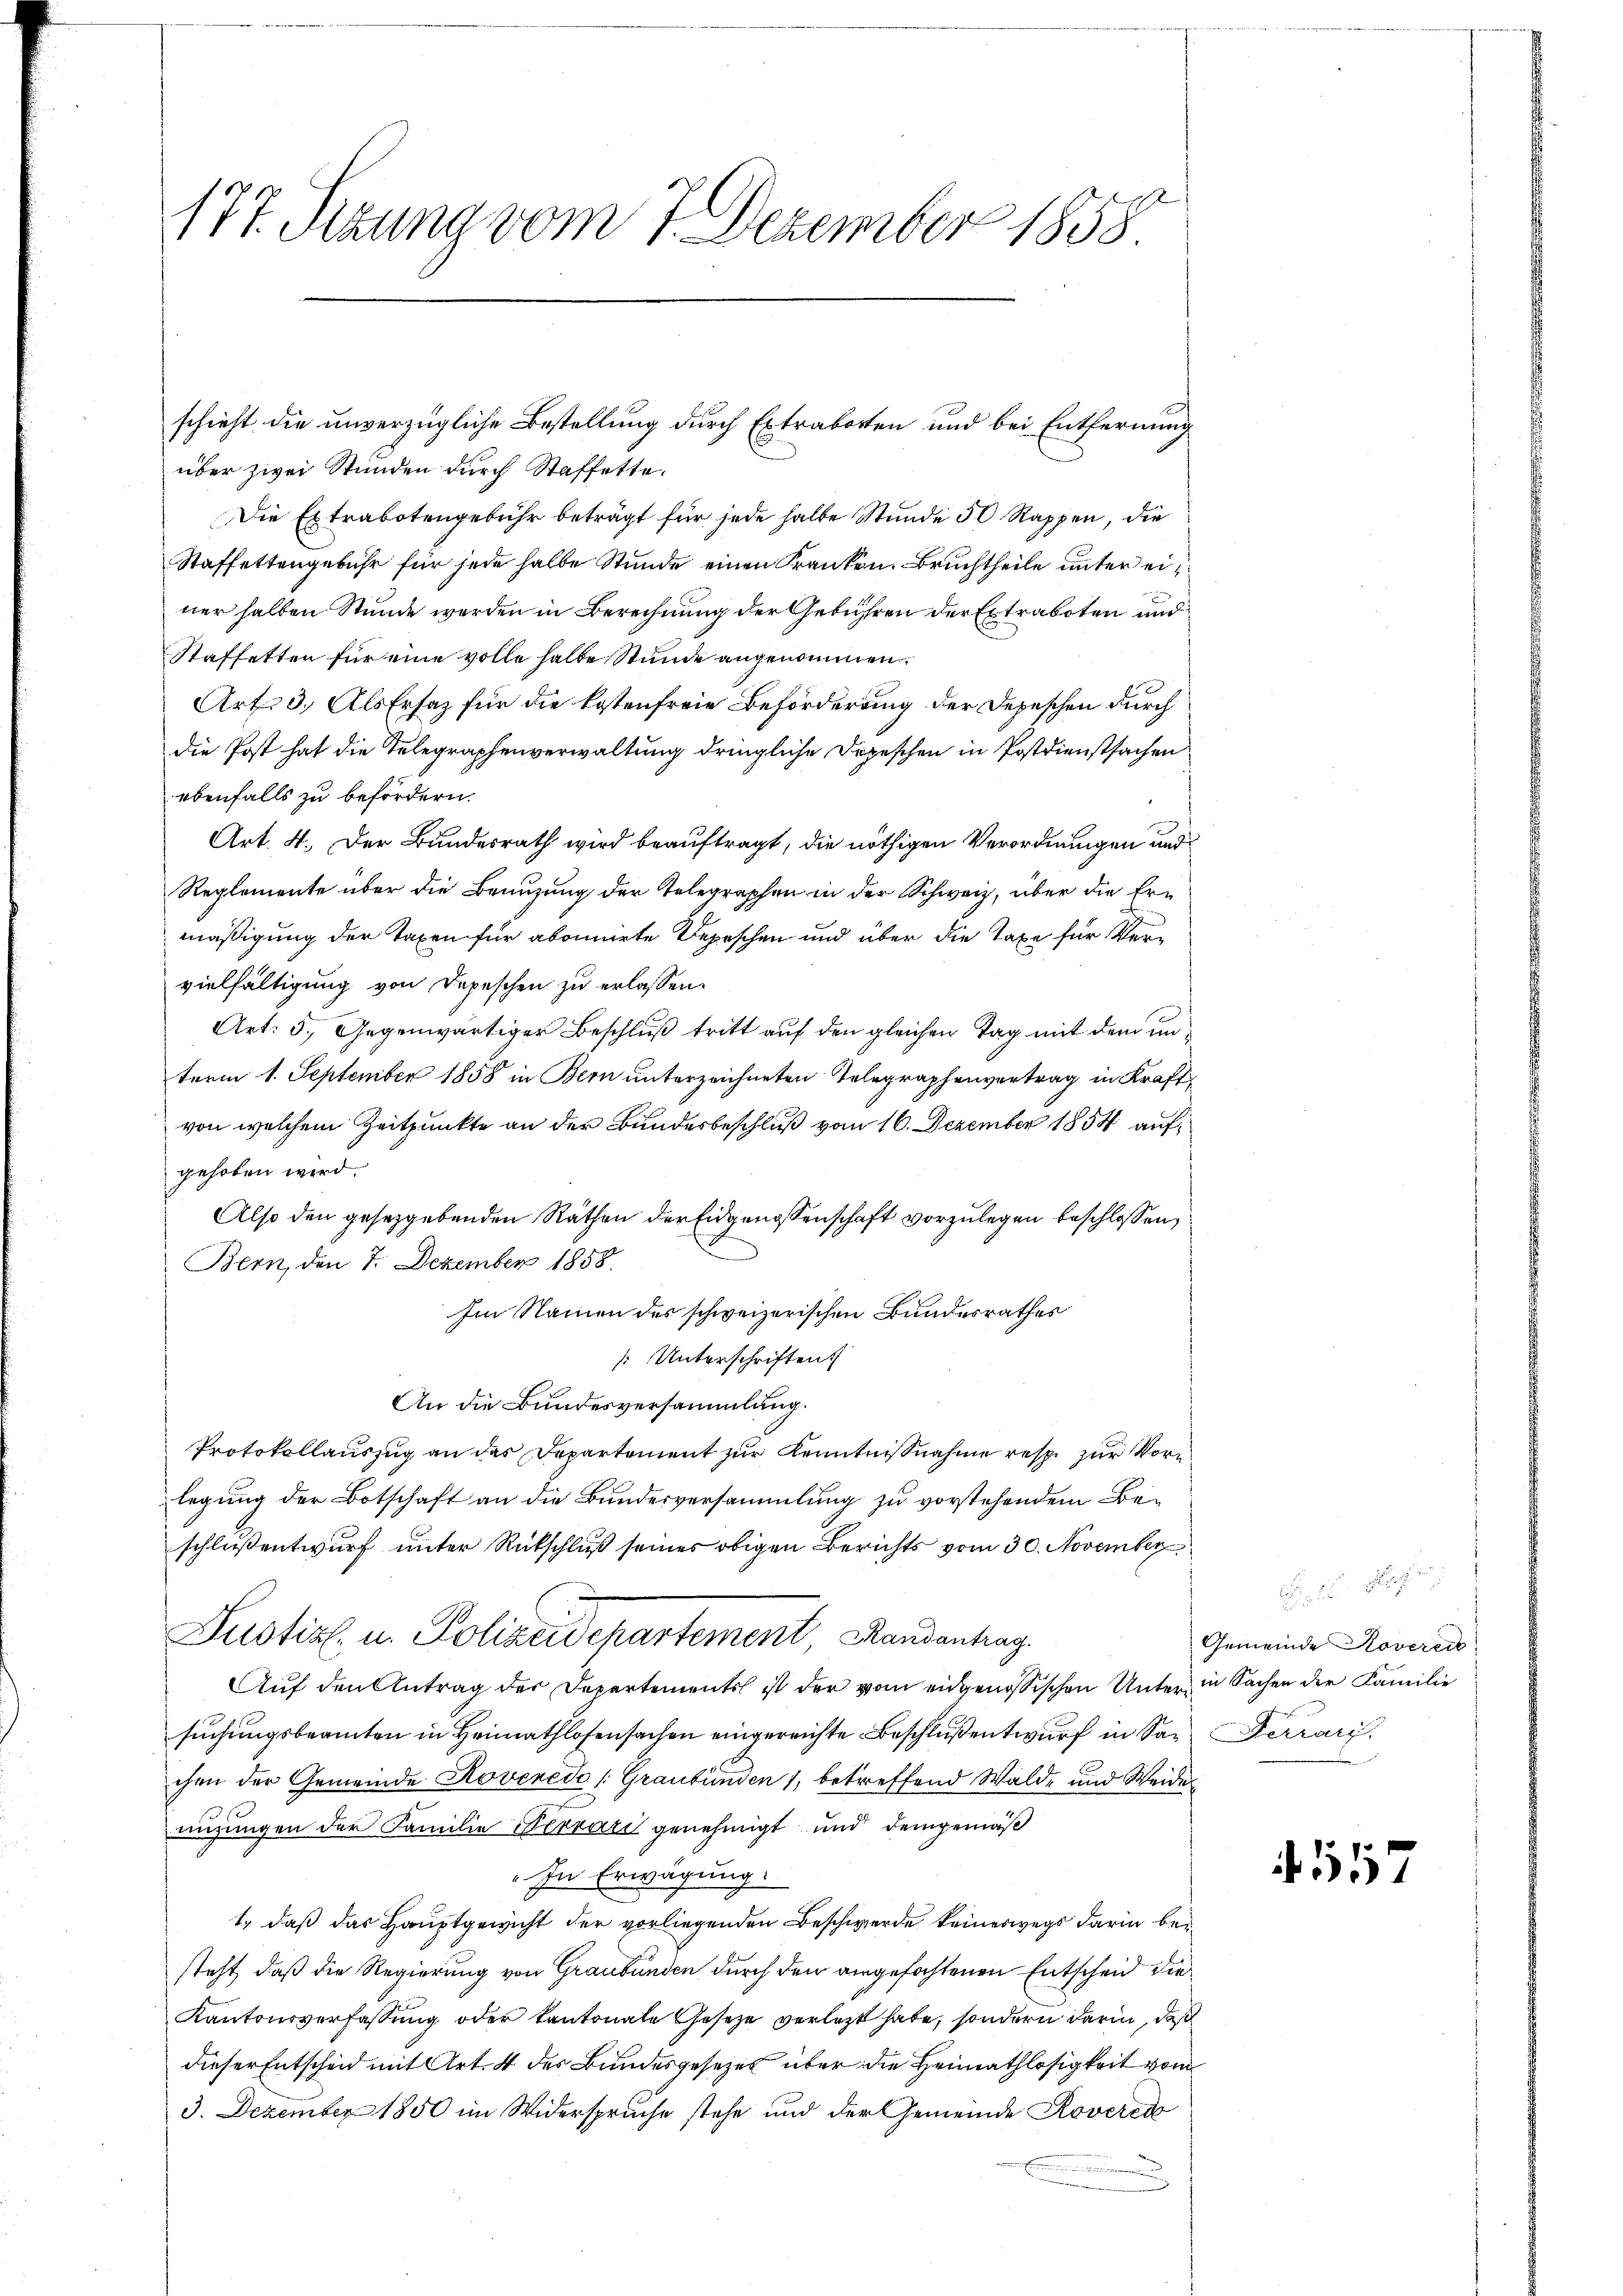
177. Sizung vom 7. Dezember 1858.

schieht die unverzügliche Bestellung durch Extraboren und bei Entfernung
über zwei Stunden durch Staffette.
Die Extrabotengebühr beträgt für jede halbe Stunde 50 Rappen, die
Staffettengebühr für jede halbe Stunde einen Kranken, Bruchtheile unter ei
ner halten Stunde werden in Berechnung der Gebühren der Extraboten und
Staffetten für eine volle halbe Stunde angenommen.
Art. 3. Als Ersatz für die kostenfreie Beförderung der Depeschen durch
die Post hat die Telegraphenverwaltung dringliche Depeschen in Postdienstsachen
ebenfalls zu befördern.
Art. 4. Der Bundesrath wird beauftragt, die nöthigen Verordnungen und
Reglemente über die Benuzung der Telegraphen in der Schweiz, über die Ermäßigung der Taxen für abonnirte Depeschen und über die Taxe für Vervielfältigung von Depeschen zu erlassen.
Art: 5. Gegenwärtiger Beschluß tritt auf den gleichen Tag mit dem unterm 1. September 1858 in Bern unterzeichneten Telegraphenvertrag in Kraft,
von welchem Zeitpunkte an der Bundesbeschluß vom 16. Dezember 1854 aufgehoben wird.
Also den gesetzgebenden Räthen der Eidgenossenschaft vorzulegen beschlossen,
Bern, den 7. Dezember 1858.
Im Namen des schweizerischen Bundesrathes
Unterschriften.
An die Bundesversammlung.
Protokollauszug an das Departement zur Kenntnißnahme resp. zur Vorlegung der Botschaft an die Bundesversammlung zu vorstehendem Beschlußentwurf unter Rückschluß seines obigen Berichts vom 30. November
Justizl. u. Polizeidepartement Handentrag.
Auf den Antrag der Departements ist der vom eidgenössischen Unter in Sachen der Familie
suchungsbeamten in Heimathlosensachen eingereichte Beschluß entwurf in San Ferrari
chen der Gemeinde Rovenede (Graubünden 1, betreffend Walde und Weidenuzungen der Familie Terrarii genehmigt und demgemäß
„In Erwägung.
1., daß das Hauptgewicht der vorliegenden Beschwerde keineswegs darin beisteht, daß die Regierung von Graubünden durch den angefochtenen Entscheid die
Kantonsverfassung oder Kantonale Gesetze verletzt habe, sondern darin, daß
dieser Entscheid mit Art. 4 des Bundesgesetzes über die Heimathlosigkeit vom
3. Dezember 1850 im Widerspruche stehe und der Gemeinde Rovered

Frs. Nach
Gemeinde Rovereit

557